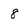
Character: 8